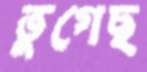
ভুগেছ